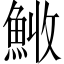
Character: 𩷊